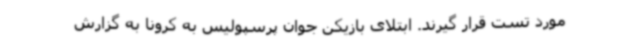
مورد تست قرار گیرند. ابتلای بازیکن جوان پرسپولیس به کرونا به گزارش